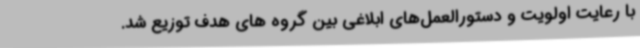
با رعایت اولویت و دستورالعمل‌های ابلاغی بین گروه های هدف توزیع شد.